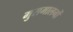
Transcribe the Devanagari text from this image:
मुसमालनों